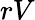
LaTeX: rV